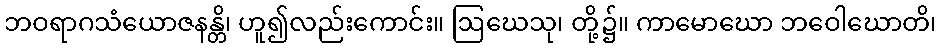
ဘဝရာဂသံယောဇနန္တိ၊ ဟူ၍လည်းကောင်း။ ဩဃေသု၊ တို့၌။ ကာမောဃော ဘဝေါဃောတိ၊